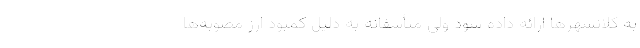
به کلانشهرها ارائه داده شود ولی متأسفانه به دلیل کمبود ارز مصوبه‌ها